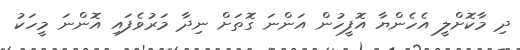
ދި މާކޮށްލީ އެހެންޔާ އޮފީހުން އަންނަ ގޮތަށް ނިދާ މަރުވެފައި އޮންނަ މީހަކު